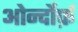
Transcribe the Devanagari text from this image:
ओर्न्दोर्फ़